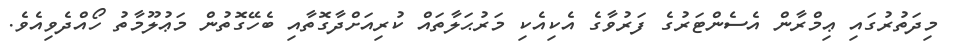
މިދަތުރުގައި ޢިމްރާން އެސެންޓަރުގެ ފަރުވާގެ އެކިއެކި މަރުޙަލާތައް ކުރިއަށްދާގޮތާއި ބެހޭގޮތުން މަޢުލޫމާތު ހޯއްދެވިއެވެ.